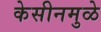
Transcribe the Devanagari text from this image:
केसीनमुळे